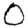
Digit: 0